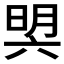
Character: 𣇴